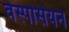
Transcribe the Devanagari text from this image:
वेस्पसियन